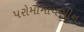
પરોમોમાયસીન